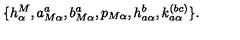
\{ h _ { \alpha } ^ { M } , a _ { M \alpha } ^ { a } , b _ { M \alpha } ^ { a } , p _ { M \alpha } , h _ { a \alpha } ^ { b } , k _ { a \alpha } ^ { ( b c ) } \} .